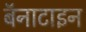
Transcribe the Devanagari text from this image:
बॅनाटाइन